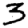
Digit: 3